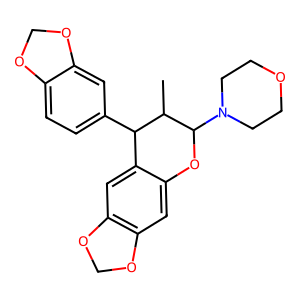
SMILES: CC1C(c2ccc3c(c2)OCO3)c2cc3c(cc2OC1N1CCOCC1)OCO3
Inhibits HIV replication: No